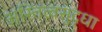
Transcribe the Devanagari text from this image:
अस्तित्वसुद्धा